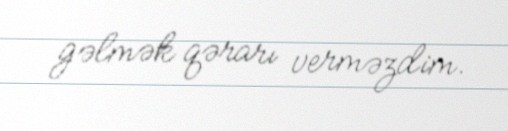
gəlmək qərarı verməzdim.